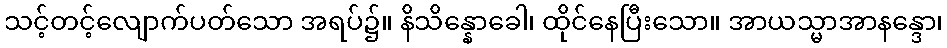
သင့်တင့်လျောက်ပတ်သော အရပ်၌။ နိသိန္နောခေါ၊ ထိုင်နေပြီးသော။ အာယသ္မာအာနန္ဒော၊